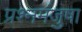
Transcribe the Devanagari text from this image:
प्रश्नमंजुषा